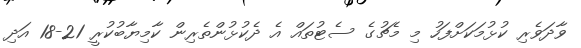
ވާދަވެރި ކުޅުމަކަށްފަހު މި މެޗުގެ ސެޓުތައް އެ ދެކުޅުންތެރިން ކާމިޔާބުކުރީ 21-18 އަދި